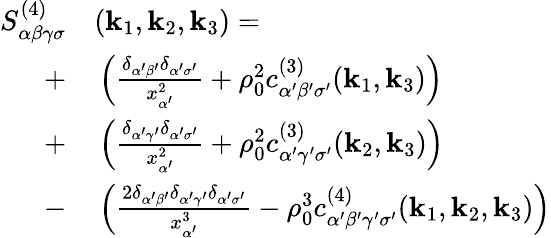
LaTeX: \begin{array}{rl}{S_{\alpha\beta\gamma\sigma}^{(4)}}&{{}(\mathbf{k}_{1},\mathbf{k}_{2},\mathbf{k}_{3})=}\\ {+}&{{}\left(\frac{\delta_{\alpha^{\prime}\beta^{\prime}}\delta_{\alpha^{\prime}\sigma^{\prime}}}{x_{\alpha^{\prime}}^{2}}+\rho_{0}^{2}c_{\alpha^{\prime}\beta^{\prime}\sigma^{\prime}}^{(3)}(\mathbf{k}_{1},\mathbf{k}_{3})\right)}\\ {+}&{{}\left(\frac{\delta_{\alpha^{\prime}\gamma^{\prime}}\delta_{\alpha^{\prime}\sigma^{\prime}}}{x_{\alpha^{\prime}}^{2}}+\rho_{0}^{2}{c}_{\alpha^{\prime}\gamma^{\prime}\sigma^{\prime}}^{(3)}(\mathbf{k}_{2},\mathbf{k}_{3})\right)}\\ {-}&{{}\left(\frac{2\delta_{\alpha^{\prime}\beta^{\prime}}\delta_{\alpha^{\prime}\gamma^{\prime}}\delta_{\alpha^{\prime}\sigma^{\prime}}}{x_{\alpha^{\prime}}^{3}}-\rho_{0}^{3}{c}_{\alpha^{\prime}\beta^{\prime}\gamma^{\prime}\sigma^{\prime}}^{(4)}(\mathbf{k}_{1},\mathbf{k}_{2},\mathbf{k}_{3})\right)}\end{array}